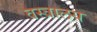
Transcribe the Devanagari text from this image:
वस्त्रालय